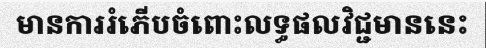
មានការរំភើបចំពោះលទ្ធផលវិជ្ជមាននេះ